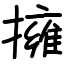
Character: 擁